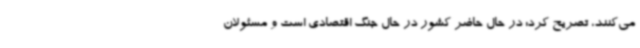
می‌کنند، تصریح کرد: در حال حاضر کشور در حال جنگ اقتصادی است و مسئولان